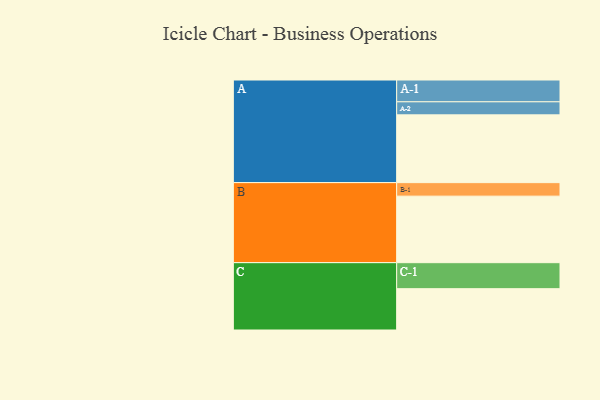
{"axis": {"x": "Segment", "y": "Value"}, "legend": ["", "A", "B", "C"], "data": [{"x": "A", "y": 597, "type": ""}, {"x": "B", "y": 586, "type": ""}, {"x": "C", "y": 364, "type": ""}, {"x": "A-1", "y": 192, "type": "A"}, {"x": "A-2", "y": 115, "type": "A"}, {"x": "B-1", "y": 119, "type": "B"}, {"x": "C-1", "y": 229, "type": "C"}]}